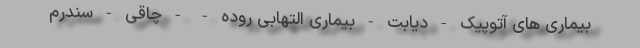
بیماری های آتوپیک - دیابت - بیماری التهابی روده - - چاقی - سندرم